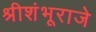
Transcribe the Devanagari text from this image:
श्रीशंभूराजे